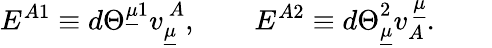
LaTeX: E^{A1}\equiv d\Theta^{\underline{{{\mu}}}1}v_{\underline{{{\mu}}}}^{~A},\qquad E^{A2}\equiv d\Theta_{\underline{{{\mu}}}}^{2}v_{A}^{~\underline{{{\mu}}}}.\qquad